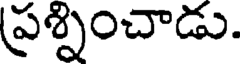
ప్రశ్నించాడు.